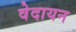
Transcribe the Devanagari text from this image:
वेदायन